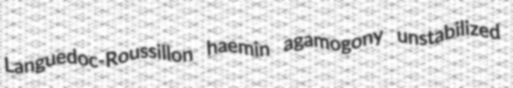
Languedoc-Roussillon haemin agamogony unstabilized